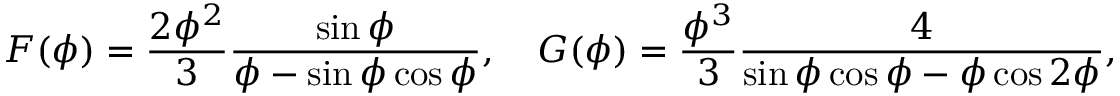
F ( \phi ) = \frac { 2 \phi ^ { 2 } } { 3 } \frac { \sin { \phi } } { \phi - \sin \phi \cos \phi } , \quad G ( \phi ) = \frac { \phi ^ { 3 } } { 3 } \frac { 4 } { \sin \phi \cos \phi - \phi \cos 2 \phi } ,